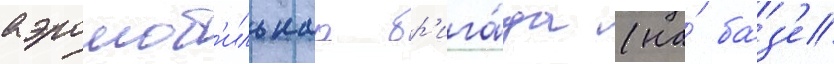
аэромоб'ильнаа бр'ига́да (на́ ба́з'е